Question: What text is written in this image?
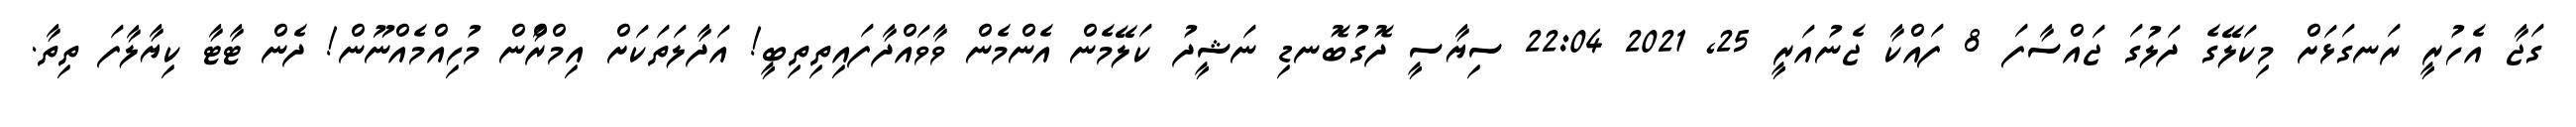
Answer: ގަޖާ އެހުރީ ރަނގަޅަށް މިކަލޭގެ ދަލުގަ ޖައްސާފަ 8 ފައްކާ ޖެނުއަރީ 25, 2021 22:04 ސިޔާސީ ދޮގުބޮނޑި ނަޝީދު ކަލޭމެން އެންމެން ވާވައްދާފައިތިތިބީ! އަދާލަތަކަށް އިމްރާްން މުހިއްމެއްނޫން! ދެން ޓާޓާ ކިޔާލާފަ ތިތާ.